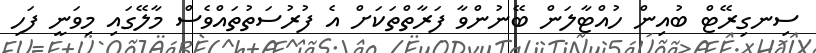
ސިނގިރޭޓް ބުއިން ހުއްޓާލަން ބޭނުންވާ ފަރާތްތަކަށް އެ ފުރުސަތުތައްވެސް މާލޭގައި މިވަނީ ފަހި